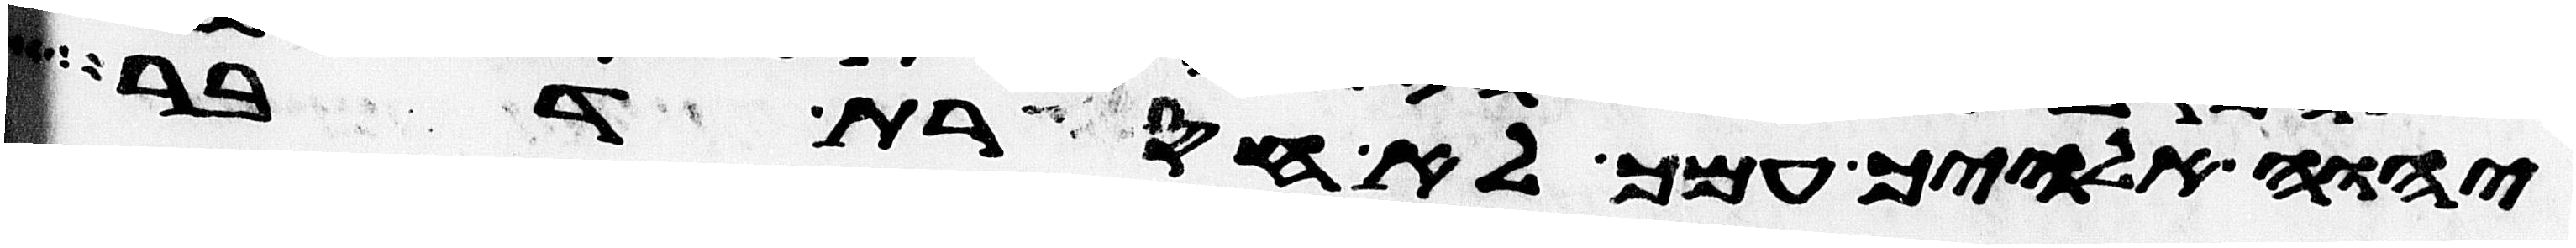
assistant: יהוה אלהיך עמך לא חסרת דבר